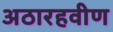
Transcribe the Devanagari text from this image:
अठारहवीण